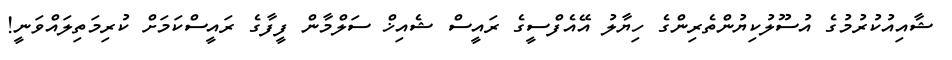
ޝާއިއުކުރުމުގެ އުސޫލުކިޔުންތެރިންގެ ހިޔާލު އޭއެފްސީގެ ރައީސް ޝެއިޚް ސަލްމާން ފީފާގެ ރައީސްކަމަށް ކުރިމަތިލައްވަނީ!